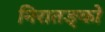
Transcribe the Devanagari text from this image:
निरातङ्को